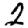
Digit: 2